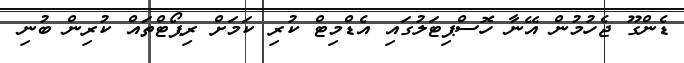
ޑެންގޫ ޖެހުމުން އޭނާ ހޮސްޕިޓަލުގައި އެޑްމިޓް ކުރި ކަމަށް ރިޕޯޓްތައް ކުރިން ބުނި